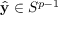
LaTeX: { \hat { \mathbf { y } } } \in S ^ { p - 1 }